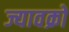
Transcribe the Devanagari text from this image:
ज्यावक्रों